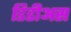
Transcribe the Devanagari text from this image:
डिडीअस